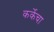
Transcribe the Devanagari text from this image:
कर्केचा